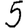
Digit: 5